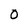
Character: 0